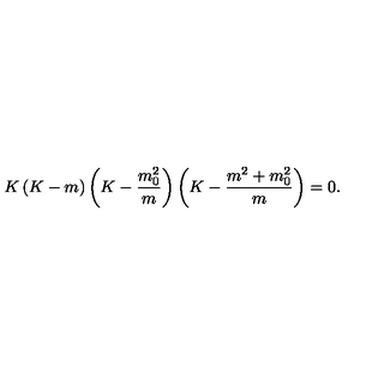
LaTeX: K \left( K - m \right) \left( K - \frac { m _ { 0 } ^ { 2 } } { m } \right) \left( K - \frac { m ^ { 2 } + m _ { 0 } ^ { 2 } } { m } \right) = 0 .